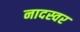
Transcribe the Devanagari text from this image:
नादस्वर